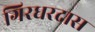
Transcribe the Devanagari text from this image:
गिरधरदास